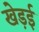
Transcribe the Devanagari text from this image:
खेड़ई